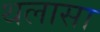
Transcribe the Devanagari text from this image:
थलासा